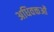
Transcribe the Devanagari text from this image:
अधिवक्तओं